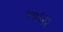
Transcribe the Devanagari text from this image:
५५६६२२